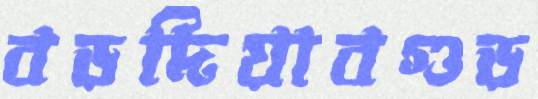
বড়দিয়াবগুড়